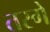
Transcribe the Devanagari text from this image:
तरगें